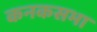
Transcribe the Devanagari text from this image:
कनकसभा